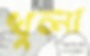
খুলা